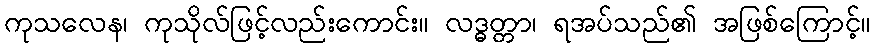
ကုသလေန၊ ကုသိုလ်ဖြင့်လည်းကောင်း။ လဒ္ဓတ္တာ၊ ရအပ်သည်၏ အဖြစ်ကြောင့်။